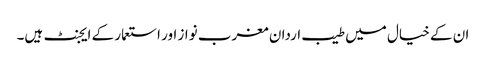
ان کے خیال میں طیب اردان مغرب نواز اور استعمار کے ایجنٹ ہیں۔